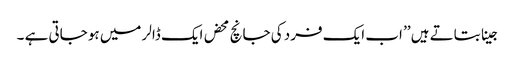
جینا بتاتے ہیں ’’ اب ایک فرد کی جانچ محض ایک ڈالر میں ہو جاتی ہے ۔